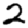
Digit: 2